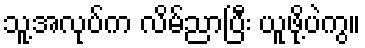
သူ့အလုပ်က လိမ်ညာပြီး ယူဖို့ပဲကွ။